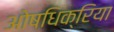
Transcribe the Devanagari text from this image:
ओषधिक्रिया